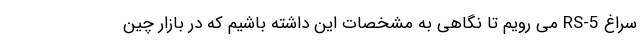
سراغ RS-5 می رویم تا نگاهی به مشخصات این داشته باشیم که در بازار چین